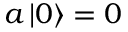
a \left| 0 \right\rangle = 0